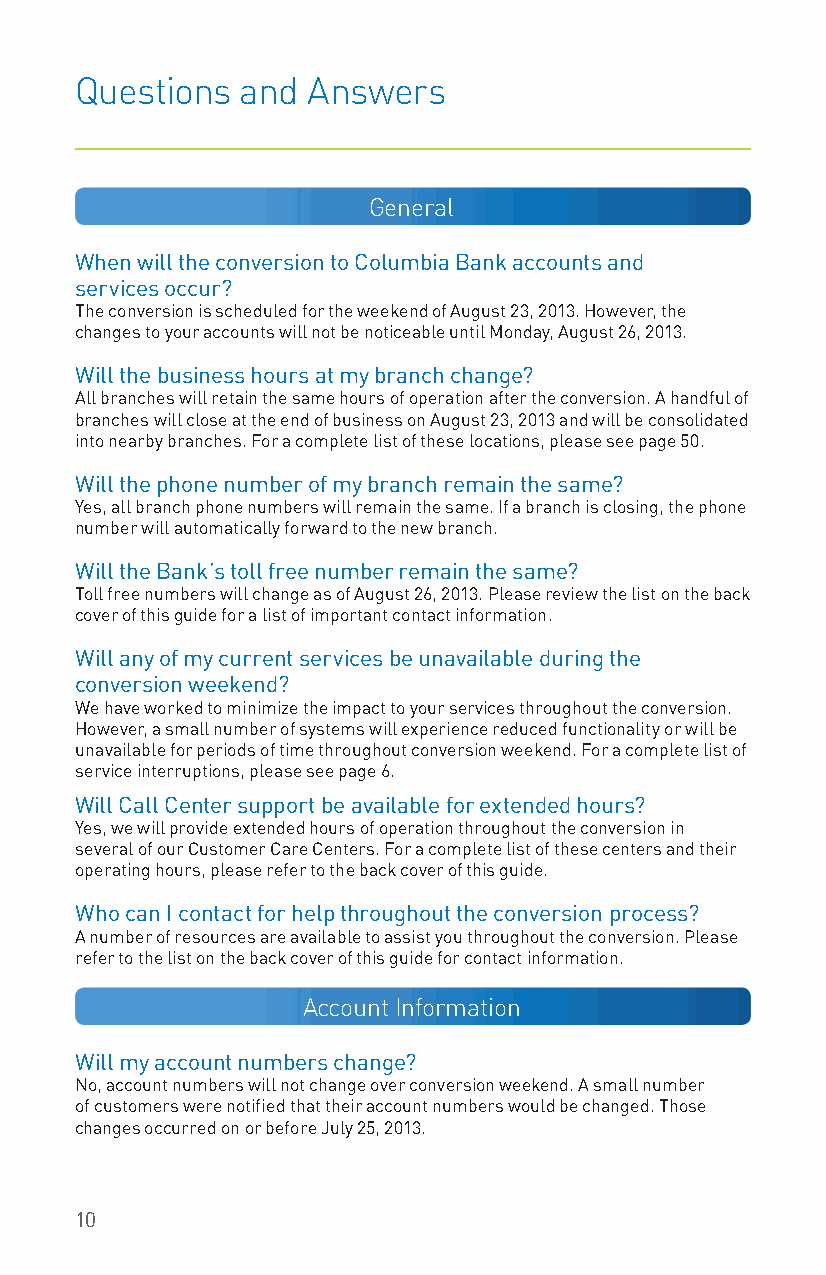
Questions  and Answers
 General
 When will the conversion to Columbia Bank accounts and
 services occur?
 The conversion is scheduled for the weekend of August 23, 2013. However, the
 changes to your accounts will not be noticeable until Monday, August 26, 2013.
 Will the business hours at my branch change?
 All branches will retain the same hours of operation after the conversion. A handful of
 branches will close at the end of business on August 23, 2013 and will be consolidated
 into nearby branches. For a complete list of these locations, please see page 50.
 Will the phone number of my branch remain the same?
 Yes, all branch phone numbers will remain the same. If a branch is closing, the phone
 number will automatically forward to the new branch.
 Will the Bank’s toll free number remain the same?
 Toll free numbers will change as of August 26, 2013. Please review the list on the back
 cover of this guide for a list of important contact information.
 Will any of my current services be unavailable during the
 conversion weekend?
 We have worked to minimize the impact to your services throughout the conversion.
 However, a small number of systems will experience reduced functionality or will be
 unavailable for periods of time throughout conversion weekend. For a complete list of
 service interruptions, please see page 6.
 Will Call Center support be available for extended hours?
 Yes, we will provide extended hours of operation throughout the conversion in
 several of our Customer Care Centers. For a complete list of these centers and their
 operating hours, please refer to the back cover of this guide.
 Who can I contact for help throughout the conversion process?
 A number of resources are available to assist you throughout the conversion. Please
 refer to the list on the back cover of this guide for contact information.
 Account Information
 Will my account numbers change?
 No, account numbers will not change over conversion weekend. A small number
 of customers were notified that their account numbers would be changed. Those
 changes occurred on or before July 25, 2013.
 10